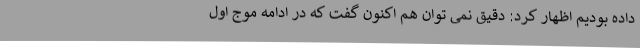
داده بودیم اظهار کرد: دقیق نمی توان هم اکنون گفت که در ادامه موج اول